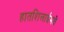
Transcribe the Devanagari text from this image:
हातशिलाईमधे